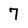
Character: 7